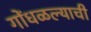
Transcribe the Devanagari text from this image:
गोंधळल्याची